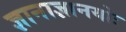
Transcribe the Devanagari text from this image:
ज्ञानाज्ञानयोः